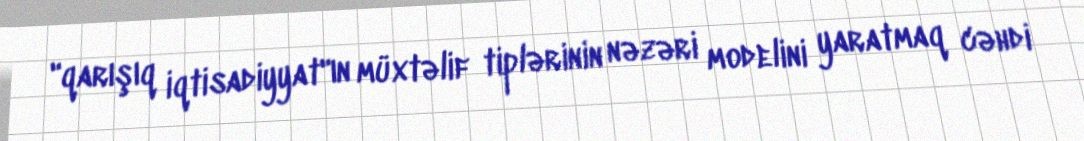
"qarışıq iqtisadiyyat"ın müxtəlif tiplərinin nəzəri modelini yaratmaq cəhdi